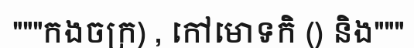
"""កងចក្រ) , កៅមោទកិ () និង"""